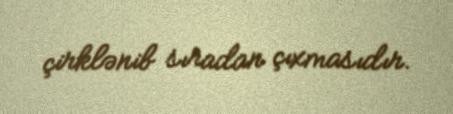
çirklənib sıradan çıxmasıdır.